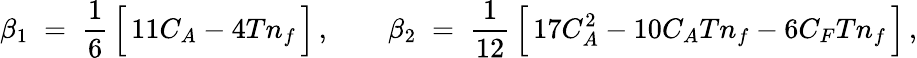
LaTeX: \beta_{1}\; =\; \frac{1}{6}\, \Big[\, 11C_{A}-4Tn_{f}\, \Big]\, ,\qquad\beta_{2}\; =\; \frac{1}{12}\, \Big[\, 17C_{A}^{2}-10C_{A}Tn_{f}-6C_{F}Tn_{f}\, \Big]\, ,